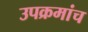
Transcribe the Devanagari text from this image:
उपक्रमांच